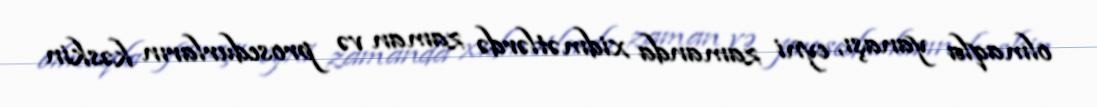
olmaqla yanaşı, eyni zamanda xidmətlərdə zaman və prosedurların kəskin